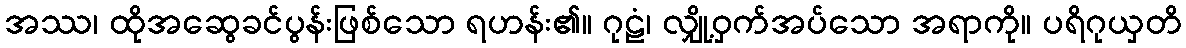
အဿ၊ ထိုအဆွေခင်ပွန်းဖြစ်သော ရဟန်း၏။ ဂုဠံ၊ လျှို့ဝှက်အပ်သော အရာကို။ ပရိဂုယှတိ